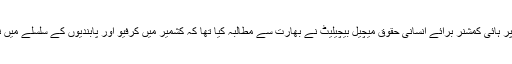
اجلاس کے آغاز پر ہائی کمشنر برائے انسانی حقوق میچیل بیچیلیٹ نے بھارت سے مطالبہ کیا تھا کہ کشمیر میں کرفیو اور پابندیوں کے سلسلے میں نرمی لائی جائے۔